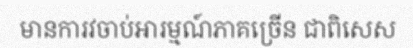
មានការវចាប់អារម្មណ៍ភាគច្រើន ជាពិសេស